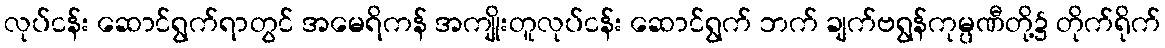
လုပ်ငန်း ဆောင်ရွက်ရာတွင် အမေရိကန် အကျိုးတူလုပ်ငန်း ဆောင်ရွက် ဘက် ချက်ဗရွန်ကုမ္ပဏီတို့၌ တိုက်ရိုက်